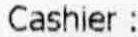
CASHIER :